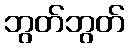
ဘွတ်ဘွတ်